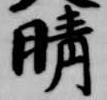
晴